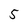
Character: 5